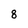
Character: 8